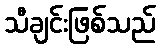
သီချင်းဖြစ်သည်